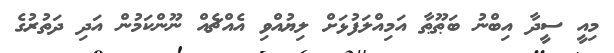
މިއީ ސީދާ އިބްނު ބަޠޫޠާ އަމިއްލަފުޅަށް ލިޔުއްވި އެއްޗެއް ނޫންކަމުން އަދި ދަތުރުގެ